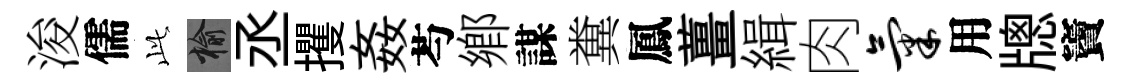
浚儒𬼘榆丞攫姦芍鄕謀糞鳳薑緝肉气用牕竇